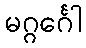
မဂ္ဂင်္ဂေါ